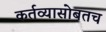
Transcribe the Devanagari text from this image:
कर्तव्यासोबतच